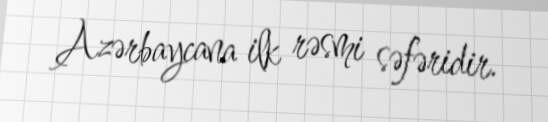
Azərbaycana ilk rəsmi səfəridir.